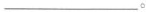
___。